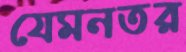
যেমনতর